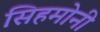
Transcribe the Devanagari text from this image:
सिहमोनी